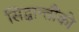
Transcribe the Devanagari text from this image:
सिद्धान्तौंको